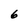
Character: 6